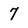
Character: 7